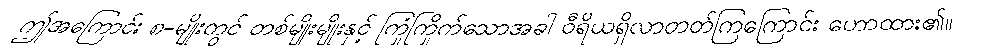
ဤအကြောင်း ၈-မျိုးတွင် တစ်မျိုးမျိုးနှင့် ကြုံကြိုက်သောအခါ ဝီရိယရှိလာတတ်ကြကြောင်း ဟောထား၏။